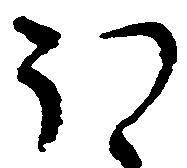
ほ